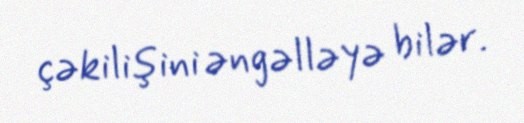
çəkilişini əngəlləyə bilər.